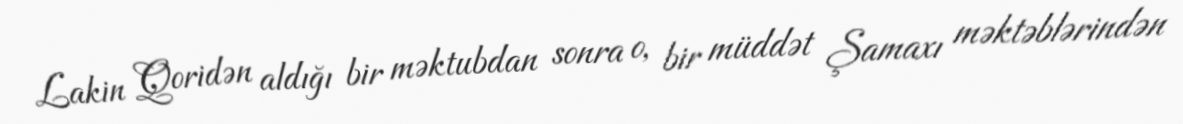
Lakin Qoridən aldığı bir məktubdan sonra o, bir müddət Şamaxı məktəblərindən